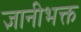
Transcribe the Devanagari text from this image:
ज्ञानीभक्त